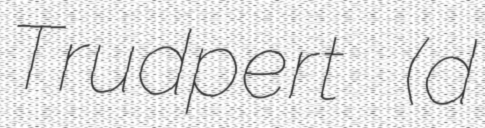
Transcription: Trudpert (d